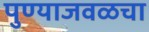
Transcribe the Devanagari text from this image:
पुण्याजवळचा